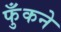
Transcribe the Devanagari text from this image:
फुँकने